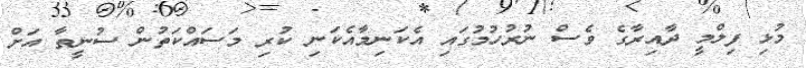
މުޅި ފިލްމީ ދާއިރާގެ ވެސް ނުރުހުމުގައި އެކަނިމާއެކަނި ކުރި މަސައްކަތުން ސުނީތާ އަށް